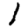
Digit: 1